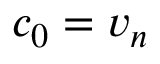
c _ { 0 } = v _ { n }